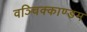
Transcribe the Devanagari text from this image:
वञ्चिक्काण्डम